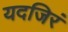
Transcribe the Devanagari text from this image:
यदजिरं